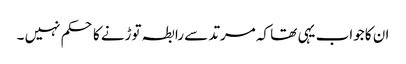
ان کا جواب یہی تھا کہ مرتد سے رابطہ توڑنے کا حکم نہیں ۔